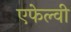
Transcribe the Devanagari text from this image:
एफेल्वी